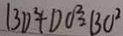
B D ^ { 2 } + D O ^ { 2 } = B O ^ { 2 }